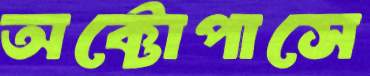
অক্টোপাসে